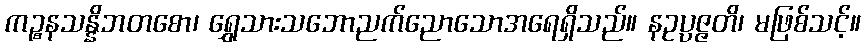
ကဉ္စနသန္နိဘတစော၊ ရွှေသားသဘောညက်ညောသောအရေရှိသည်။ နဥပ္ပဇ္ဇတိ၊ မဖြစ်သင့်။